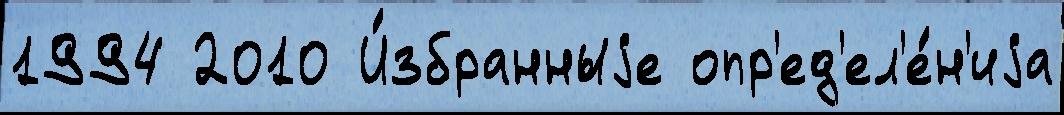
1994 2010 И́збранныjе опр'ед'ел'е́н'иjа